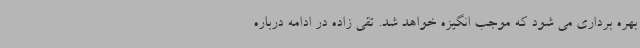
بهره برداری می شود که موجب انگیزه خواهد شد. تقی زاده در ادامه درباره